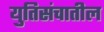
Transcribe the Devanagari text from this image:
युतिसंचातील